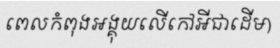
ពេលកំពុងអង្គុយលើកៅអីជាដើម)